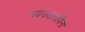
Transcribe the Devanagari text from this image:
चढउताराविना